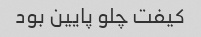
کیفت چلو پایین بود